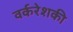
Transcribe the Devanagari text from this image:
वर्करेशकी